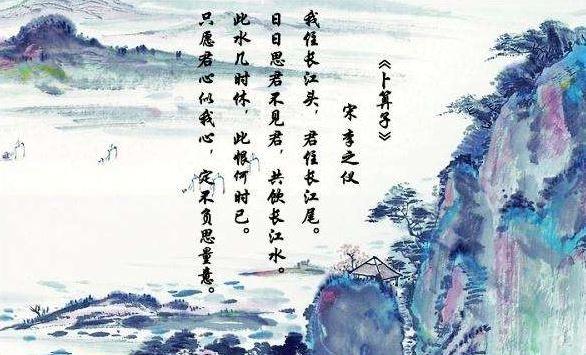
日日思君不见君，共饮长江水。